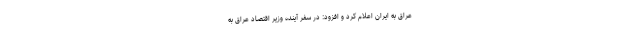
عراق به ایران اعلام کرد و افزود: در سفر آینده وزیر اقتصاد عراق به